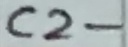
Text: C2-